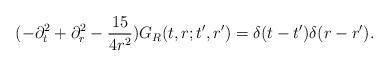
LaTeX: \begin{align*}(-\partial_t^2+\partial_r^2-\frac{15}{4r^2})G_R(t,r ; t',r') = \delta (t-t') \delta (r-r').\end{align*}